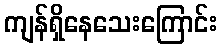
ကျန်ရှိနေသေးကြောင်း